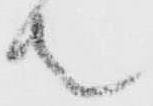
者